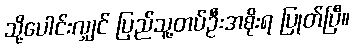
သို့ပေါင်းလျှင် ပြည်သူ့တပ်ဦးအစိုးရ ပြုတ်ပြီ။